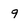
Character: 9